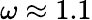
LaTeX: \omega\approx 1.1